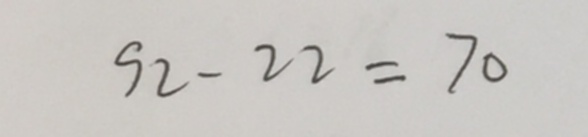
9 2 - 2 2 = 7 0